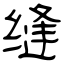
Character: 缝